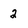
Character: 2